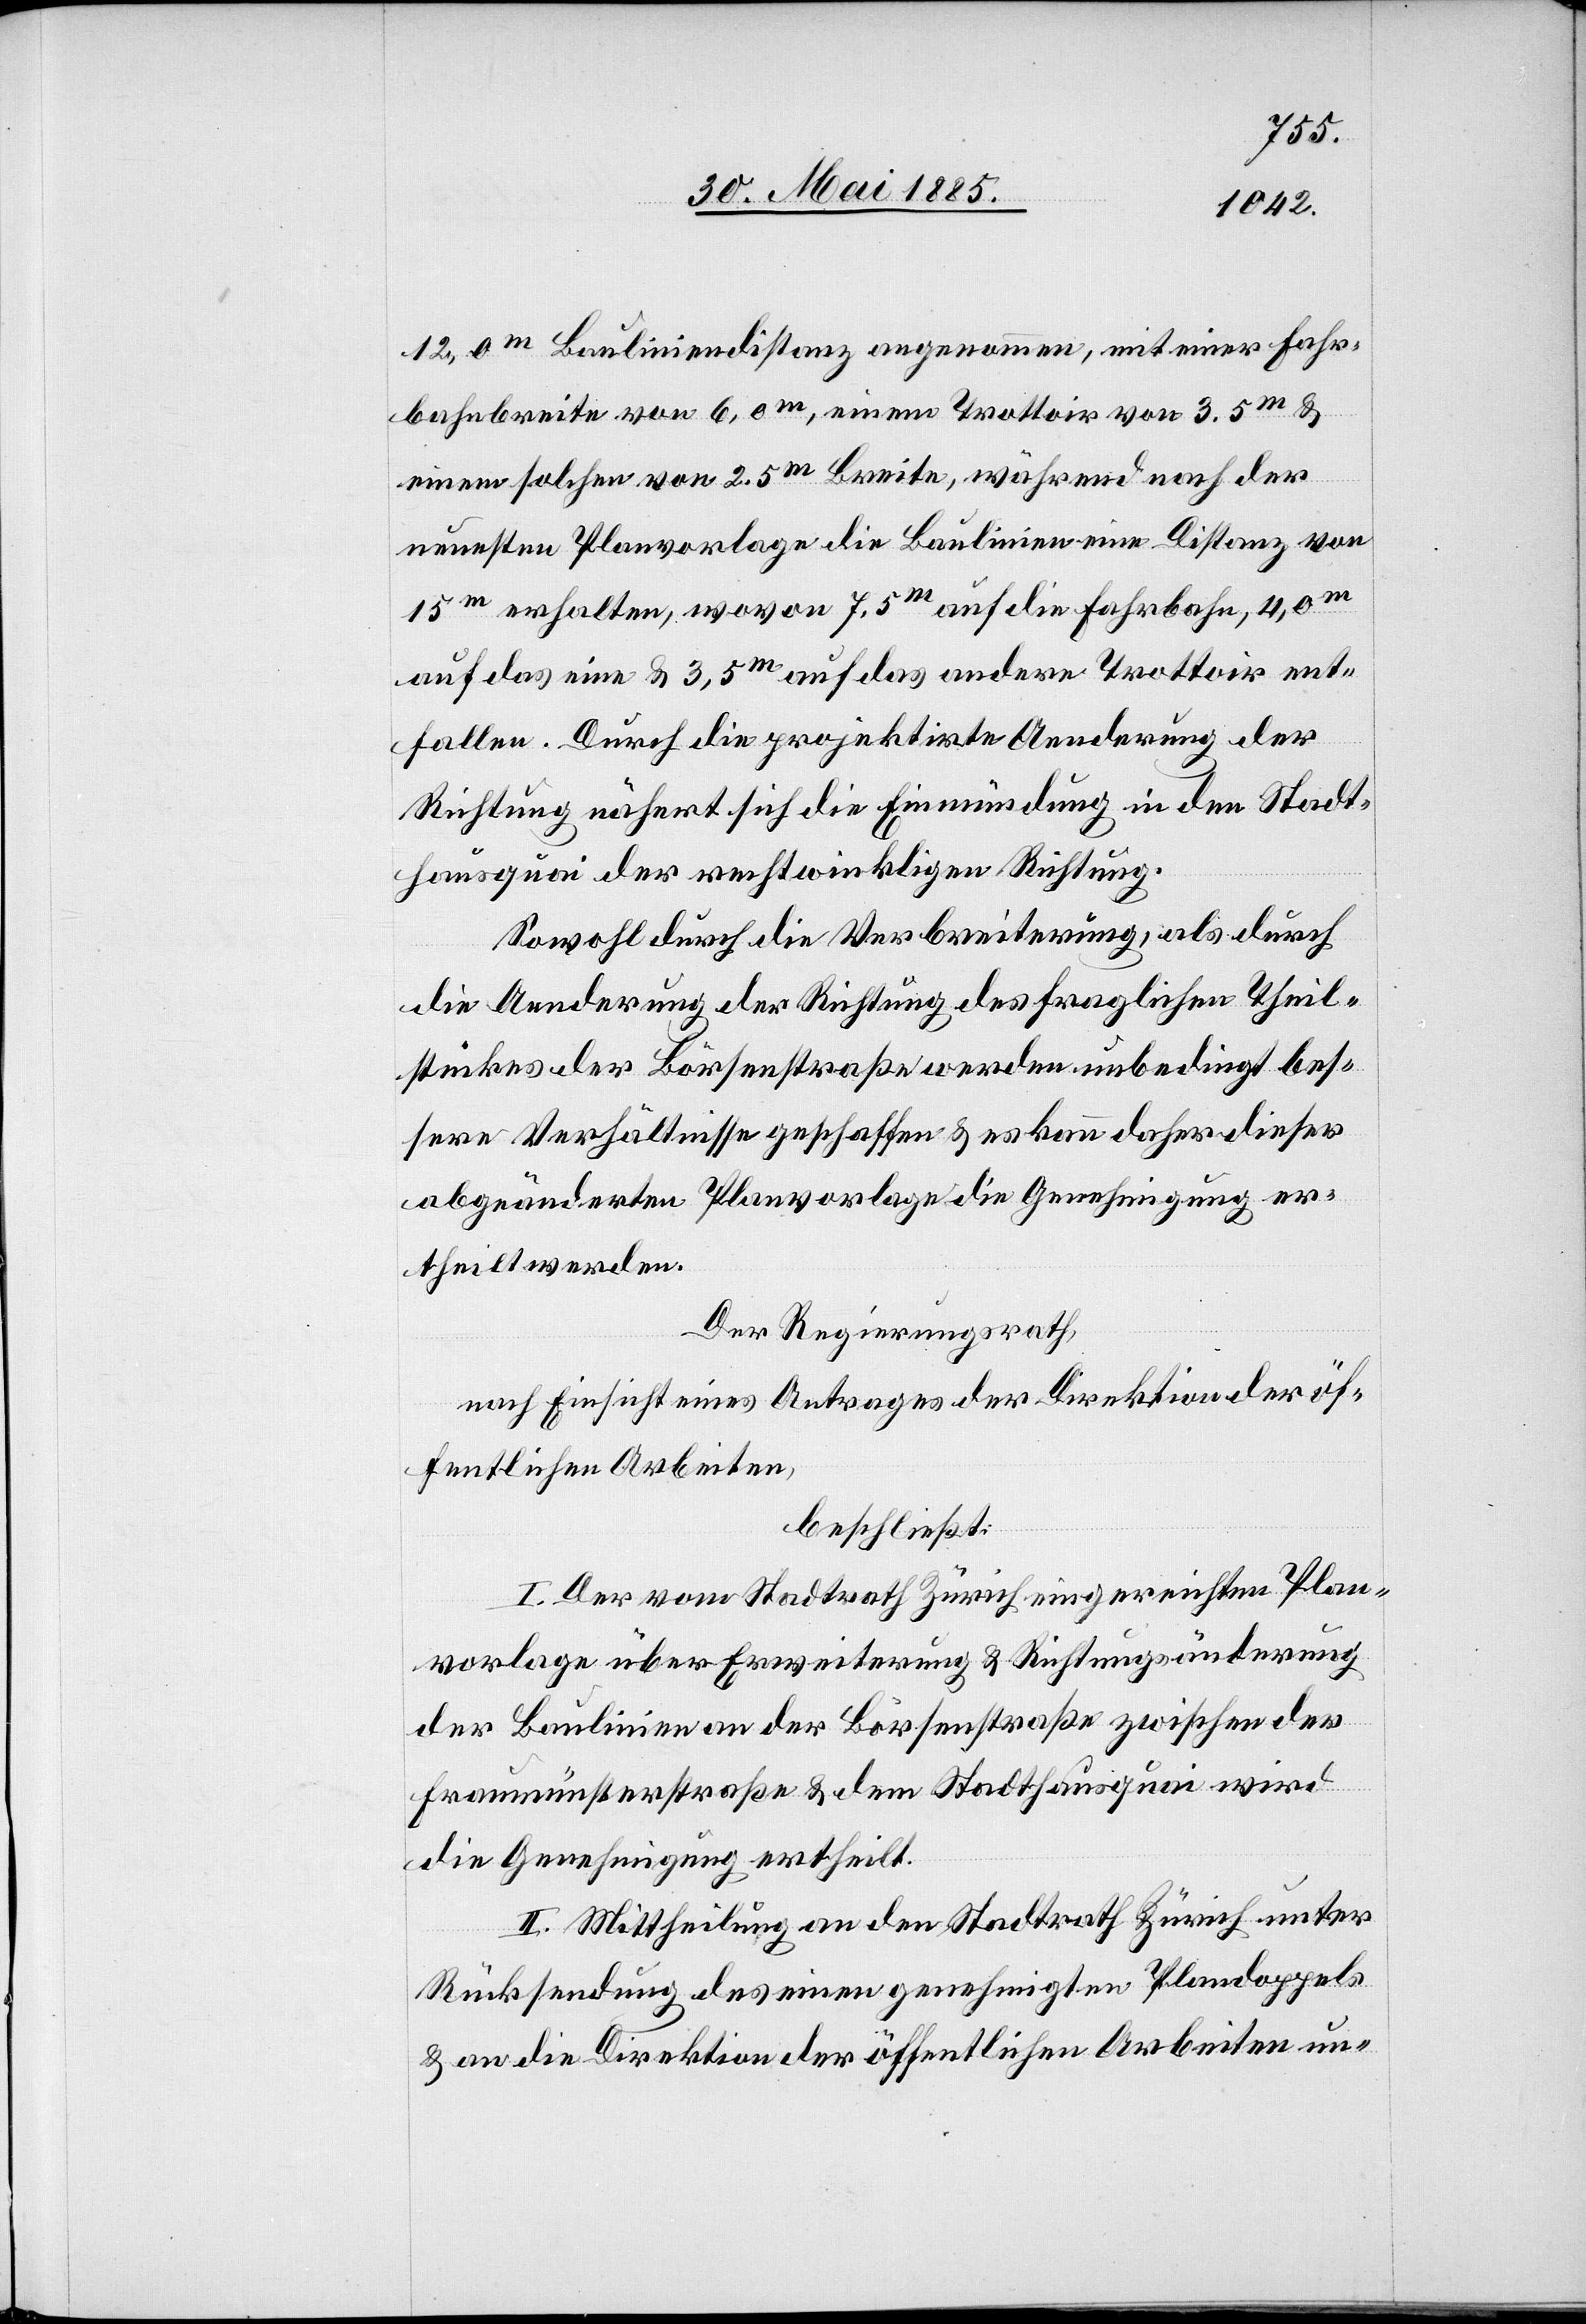
12,0 m Bauliniendistanz angenommen, mit einer Fahr¬
bahnbreite von 6,0 m, einem Trottoir von 3.5 m &
einem solchen von 2.5 m Breite, während nach der
neuesten Planvorlage die Baulinien eine Distanz von
m erhalten, wovon 7.5 m auf die Fahrbahn, 4,0 m
auf das eine & 3,5 m auf das andere Trottoir ent¬
fallen. Durch die projektirte Aenderung der
Richtung nähert sich die Einmündung in den Stadt¬
hausquai der rechtwinkligen Richtung.
Sowohl durch die Verbreiterung, als durch
die Aenderung der Richtung des fraglichen Theil¬
stückes der Börsenstraße werden unbedingt bes¬
sere Verhältnisse geschaffen & es kann daher dieser
abgeänderten Planvorlage die Genehmigung er¬
theilt werden.
Der Regierungsrath,
nach Einsicht eines Antrages der Direktion der öf¬
fentlichen Arbeiten,
beschließt:
I. Der vom Stadtrath Zürich eingereichten Plan¬
vorlage über Erweiterung & Richtungsänderung
der Baulinien an der Börsenstraße zwischen der
Fraumünsterstraße & dem Stadthausquai wird
die Genehmigung ertheilt.
II. Mittheilung an den Stadtrath Zürich unter
Rücksendung des einen genehmigten Plandoppels
& an die Direktion der öffentlichen Arbeiten un-